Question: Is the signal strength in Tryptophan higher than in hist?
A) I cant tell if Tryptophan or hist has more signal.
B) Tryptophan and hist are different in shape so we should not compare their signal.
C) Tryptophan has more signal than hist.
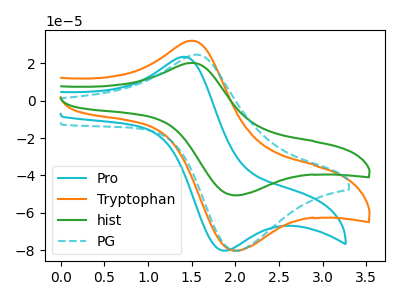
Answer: <think>The cyan curve "Pro" has an anodic peak at (1.40V, 23.55uA) and a cathodic peak at (1.85V, -80.30uA). The orange curve "Tryptophan" has an anodic peak at (1.50V, 32.25uA) and a cathodic peak at (2.05V, -80.25uA). The green curve "hist" has an anodic peak at (1.50V, 20.35uA) and a cathodic peak at (2.05V, -50.60uA). The cyan dashed curve "PG" has an anodic peak at (1.55V, 24.75uA) and a cathodic peak at (2.05V, -80.35uA).
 All the peaks in "Tryptophan" have a peak in "hist" at the same potential. Every peak in "Tryptophan" is higher than every peak in "hist".</think>
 <answer>C) "Tryptophan" has more signal than "hist".</answer>
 <eval>C</eval>